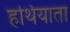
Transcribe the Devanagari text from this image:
हथियाता